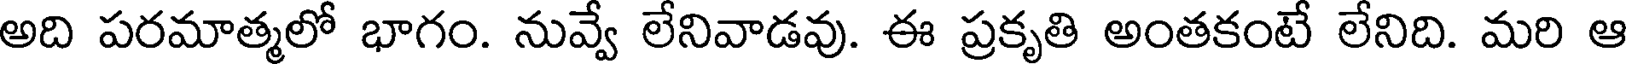
అది పరమాత్మలో భాగం. నువ్వే లేనివాడవు. ఈ ప్రకృతి అంతకంటే లేనిది. మరి ఆ